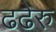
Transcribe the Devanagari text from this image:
ढढेरु